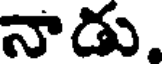
నాడు.